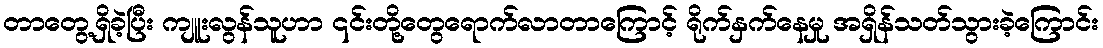
တာတွေ့ရှိခဲ့ပြီး ကျူးလွန်သူဟာ ၎င်းတို့တွေရောက်လာတာကြောင့် ရိုက်နှက်နေမှု အရှိန်သတ်သွားခဲ့ကြောင်း